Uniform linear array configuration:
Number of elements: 4
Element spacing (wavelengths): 0.75
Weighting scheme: binomial
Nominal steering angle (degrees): -60
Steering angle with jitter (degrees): -58.306
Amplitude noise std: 0.05
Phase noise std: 0.05

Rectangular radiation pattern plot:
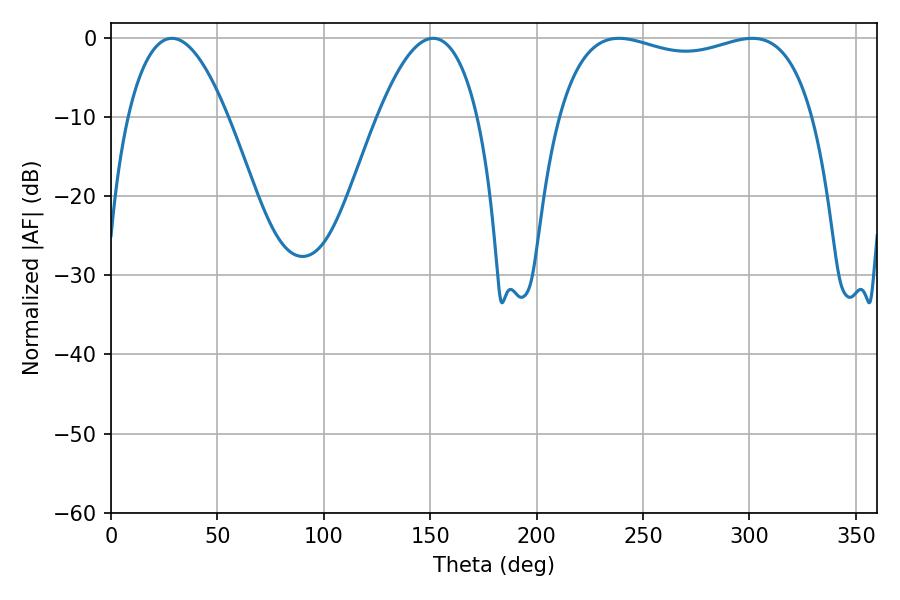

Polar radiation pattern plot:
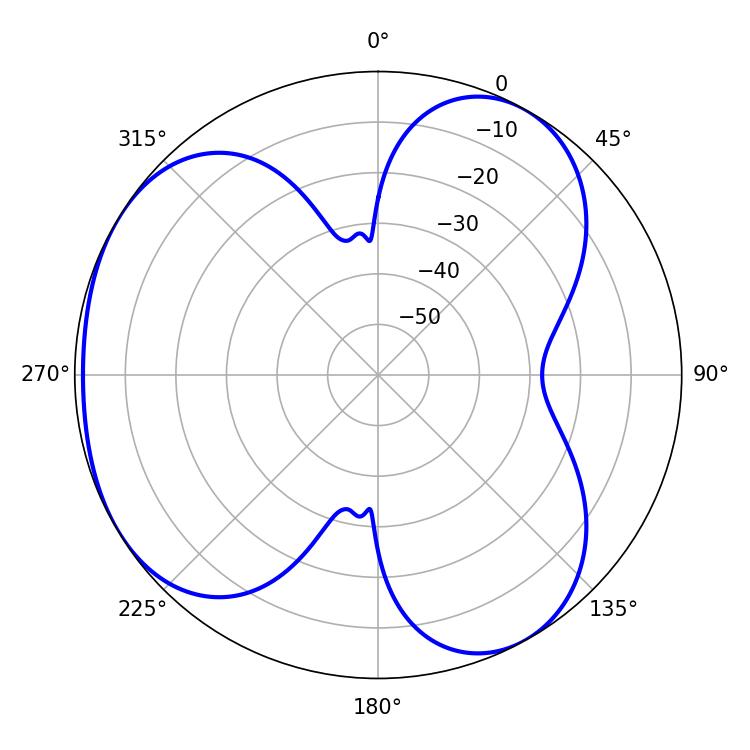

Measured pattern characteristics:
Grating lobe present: TRUE
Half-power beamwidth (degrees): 97.56
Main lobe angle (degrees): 238.68